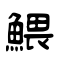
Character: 鰃